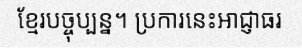
ខ្មែរបច្ចុប្បន្ន។ ប្រការនេះអាជ្ញាធរ